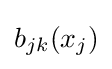
b_{jk}(x_{j})